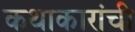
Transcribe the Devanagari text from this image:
कथाकारांची